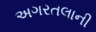
અગરતલાની